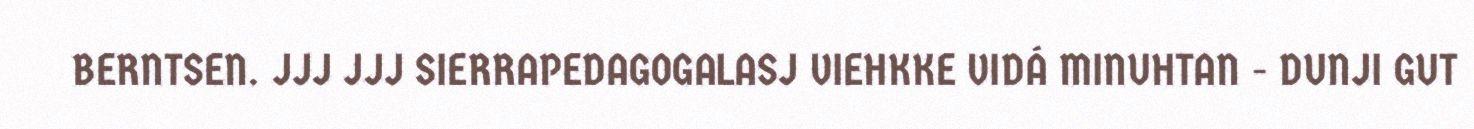
BERNTSEN. JJJ JJJ SIERRAPEDAGOGALASJ VIEHKKE VIDÁ MINUHTAN - DUNJI GUT